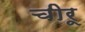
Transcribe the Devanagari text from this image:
चीरू